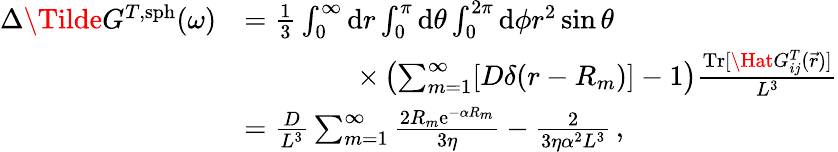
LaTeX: \begin{array}{rl}{\Delta\Tilde{G}^{T,\mathrm{sph}}(\omega)}&{=\frac{1}{3}\int_{0}^{\infty}\mathrm{d}r\int_{0}^{\pi}\mathrm{d}\theta\int_{0}^{2\pi}\mathrm{d}\phi r^{2}\sin\theta}\\ &{\qquad\qquad\times\left(\sum_{m=1}^{\infty}[D\delta(r-R_{m})]-1\right)\frac{\mathrm{Tr}[\Hat{G}_{ij}^{T}(\vec{r})]}{L^{3}}}\\ &{=\frac{D}{L^{3}}\sum_{m=1}^{\infty}\frac{2R_{m}\mathrm{e}^{-\alpha R_{m}}}{3\eta}-\frac{2}{3\eta\alpha^{2}L^{3}}\, ,}\end{array}